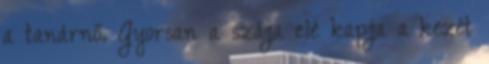
a tanárnő. Gyorsan a szája elé kapja a kezét